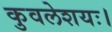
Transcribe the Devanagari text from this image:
कुवलेशयः।